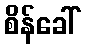
စိန်ခေါ်